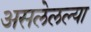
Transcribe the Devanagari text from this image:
असलेलल्या